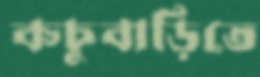
কচুবাড়িতে